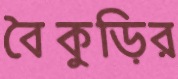
বৈকুড়ির